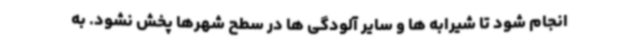
انجام شود تا شیرابه ها و سایر آلودگی ها در سطح شهرها پخش نشود. به